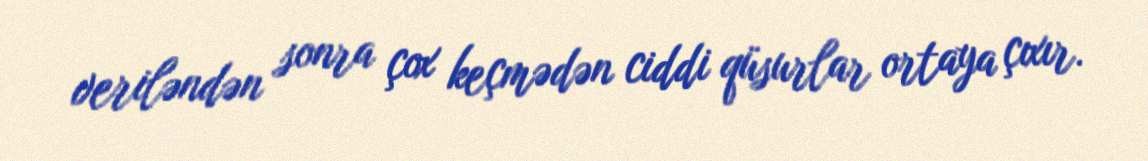
veriləndən sonra çox keçmədən ciddi qüsurlar ortaya çıxır.